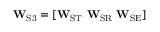
\mathbf { W } _ { \mathrm { S 3 } } = [ \mathbf { W } _ { \mathrm { S T } } \ \mathbf { W } _ { \mathrm { S R } } \ \mathbf { W } _ { \mathrm { S E } } ]